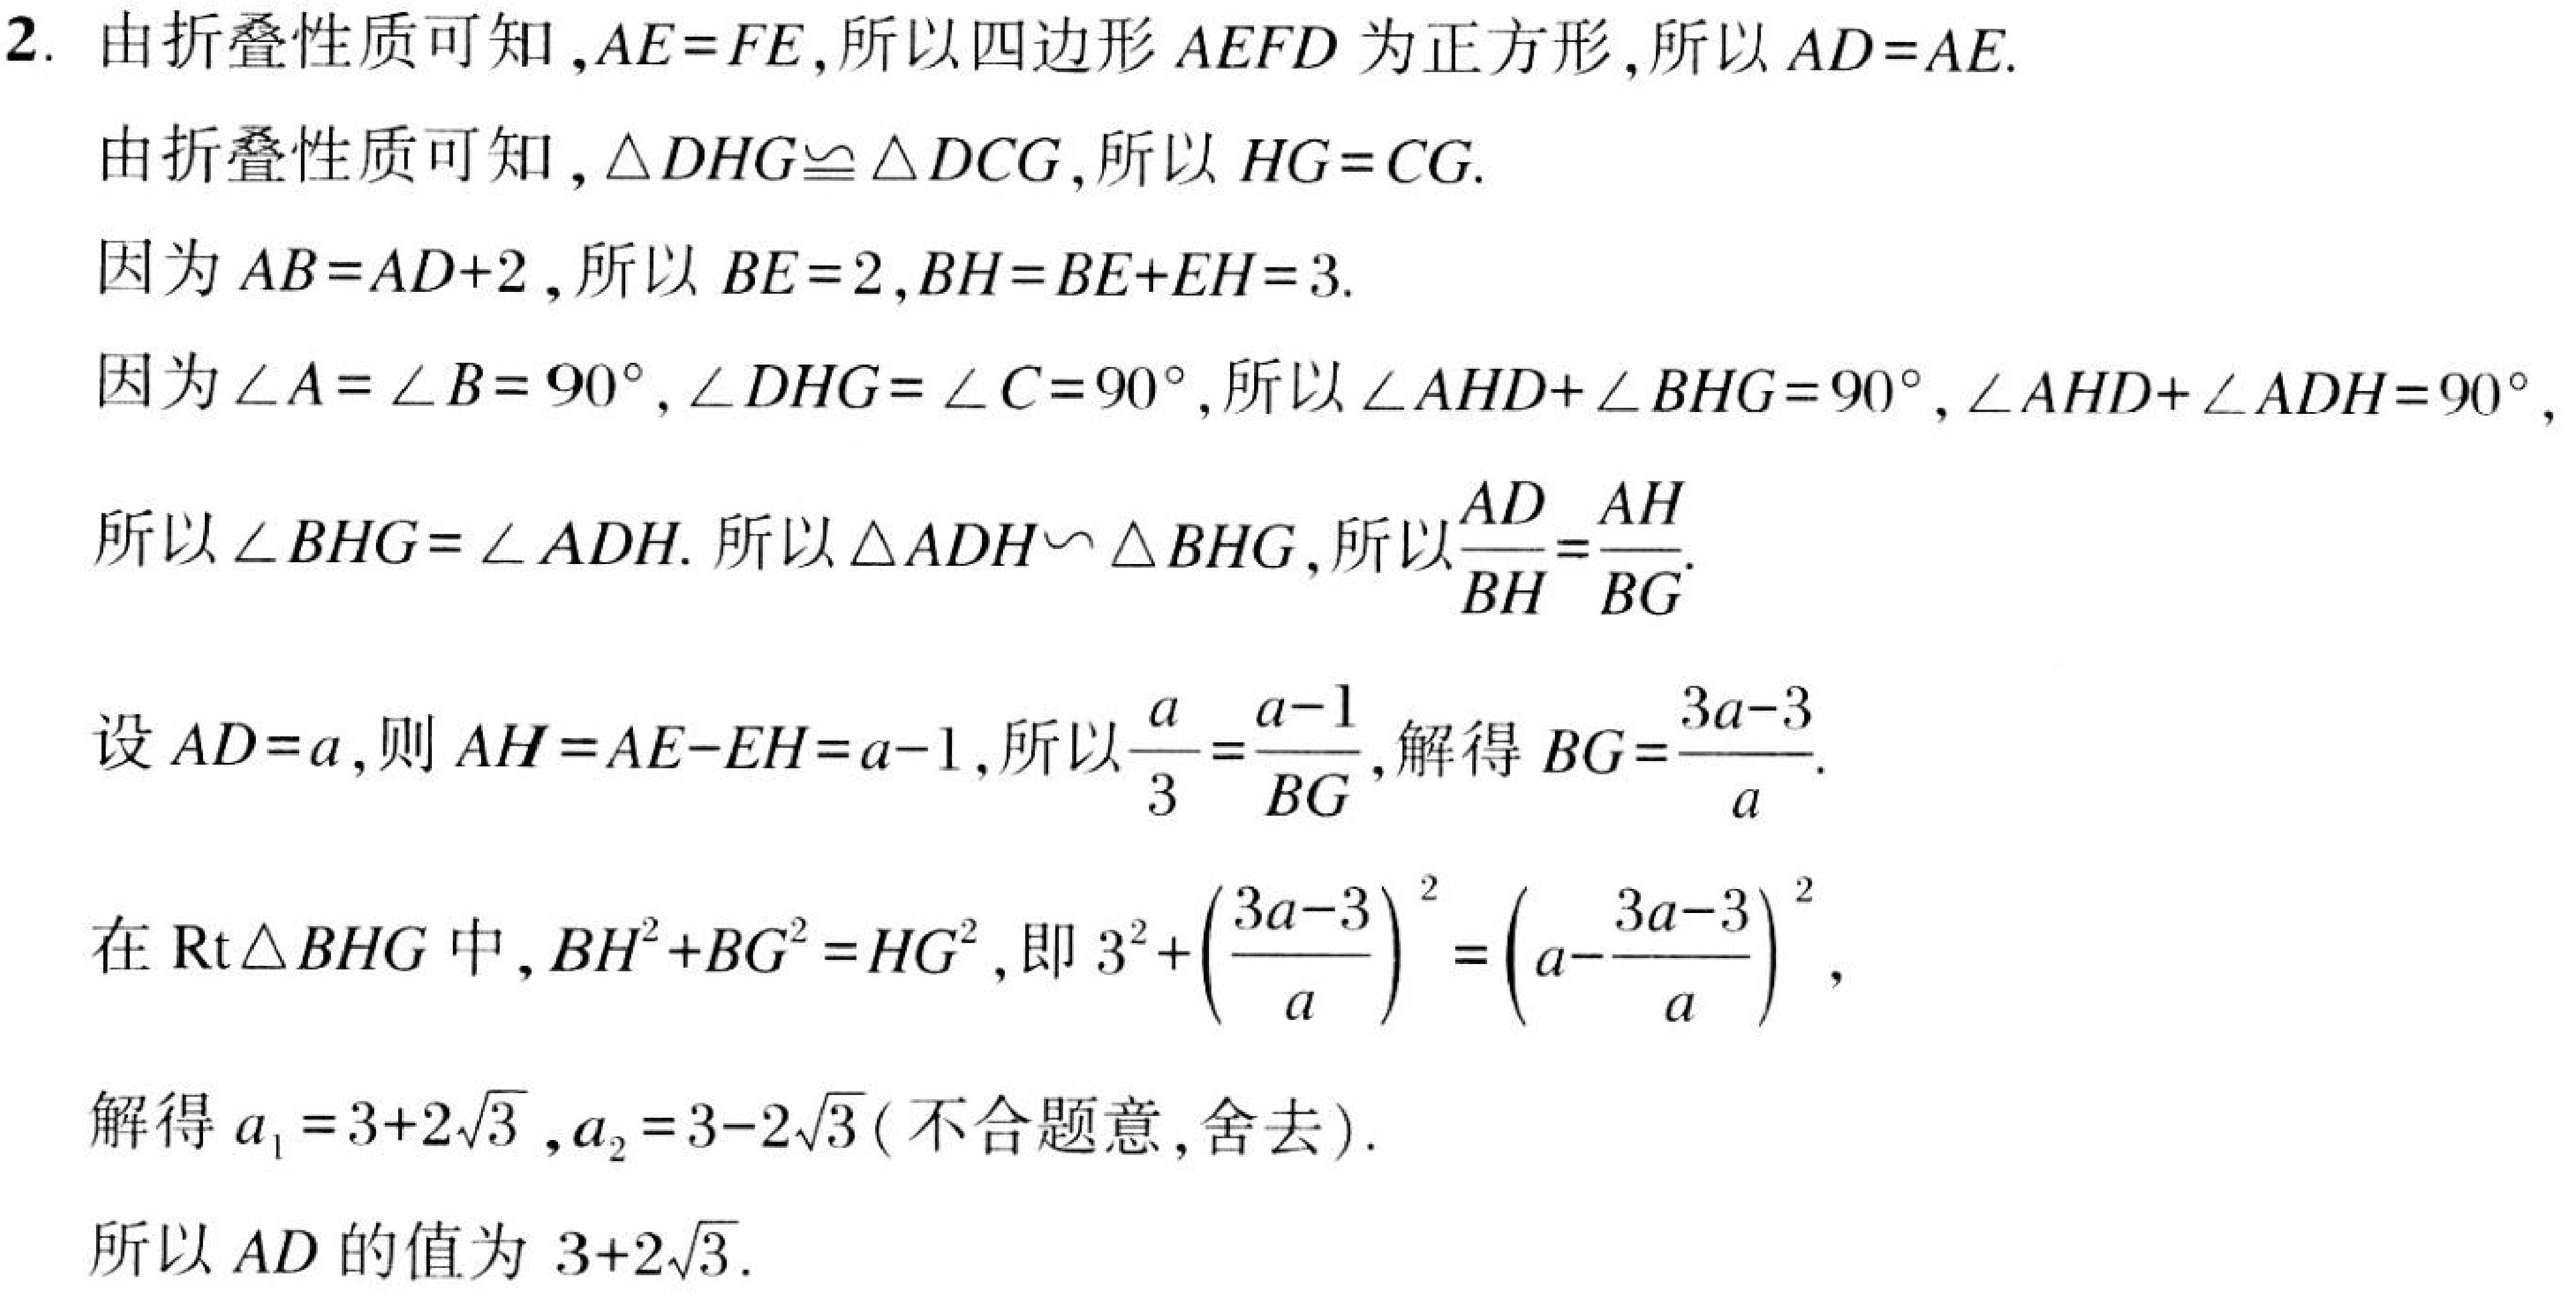
2. 由折叠性质可知，\(AE = FE\)，所以四边形 \(AEFD\) 为正方形，所以 \(AD = AE\).
由折叠性质可知，\(\triangle DHG\cong\triangle DCG\)，所以 \(HG = CG\).
因为 \(AB = AD + 2\)，所以 \(BE = 2\)，\(BH=BE + EH = 3\).
因为 \(\angle A=\angle B = 90^{\circ}\)，\(\angle DHG=\angle C = 90^{\circ}\)，所以 \(\angle AHD+\angle BHG = 90^{\circ}\)，\(\angle AHD+\angle ADH = 90^{\circ}\)，
所以 \(\angle BHG=\angle ADH\). 所以 \(\triangle ADH\sim\triangle BHG\)，所以 \(\frac{AD}{BH}=\frac{AH}{BG}\).
设 \(AD = a\)，则 \(AH = AE - EH=a - 1\)，所以 \(\frac{a}{3}=\frac{a - 1}{BG}\)，解得 \(BG=\frac{3a - 3}{a}\).
在 \(\text{Rt}\triangle BHG\) 中，\(BH^{2}+BG^{2}=HG^{2}\)，即 \(3^{2}+\left(\frac{3a - 3}{a}\right)^{2}=\left(a-\frac{3a - 3}{a}\right)^{2}\)，
解得 \(a_1 = 3 + 2\sqrt{3}\)，\(a_2 = 3 - 2\sqrt{3}\) (不合题意，舍去).
所以 \(AD\) 的值为 \(3 + 2\sqrt{3}\).